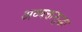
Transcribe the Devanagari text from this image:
अव्यक्तसुद्धा